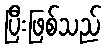
ပြီးဖြစ်သည်